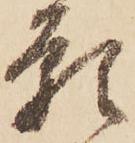
願